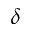
\delta